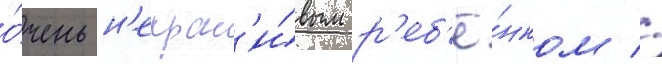
о́чень н'екрас'и́вым р'еб'ё́нком //